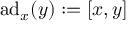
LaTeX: \mathrm { a d } _ { x } ( y ) : = [ x , y ]